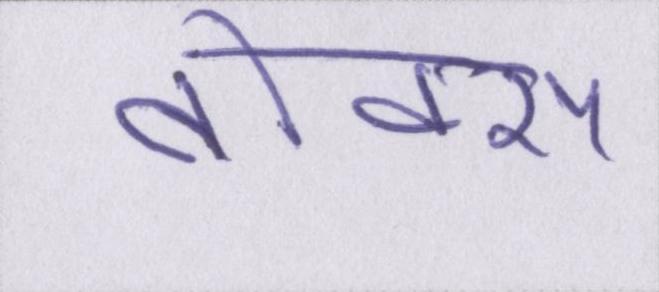
बॉक्स